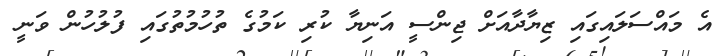
އެ މައްސަލައިގައި ޒިޔާދާއަށް ޖިންސީ އަނިޔާ ކުރި ކަމުގެ ތުހުމުތުގައި ފުލުހުން ވަނީ